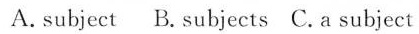
A.subject B. subjects C. a subject